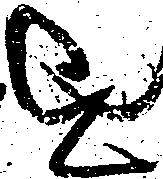
を